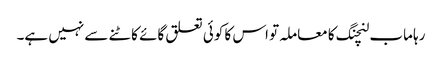
رہا ماب لنچنگ کا معاملہ تو اس کا کوئی تعلق گائے کاٹنے سے نہیں ہے۔